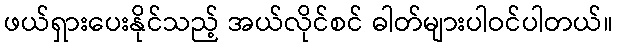
ဖယ်ရှားပေးနိုင်သည့် အယ်လိုင်စင် ဓါတ်များပါဝင်ပါတယ်။